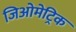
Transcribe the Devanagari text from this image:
जिओमेट्रिक